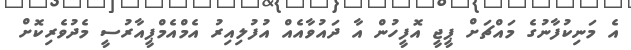
އެ މަނިކުފާނުގެ މައްޗަށް ޕީޖީ އޮފީހުން އާ ދައުވާއެއް އުފުލިއިރު އެމްއެމްޕީއާރުސީ މެދުވެރިކޮށް